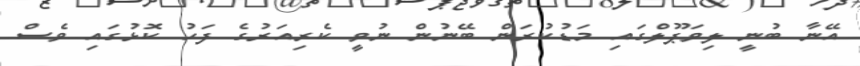
އޭނާ ބުނީ ލިވަޕޫލްގައި މަޑުކުރަން ބޭނުން ނުވީ ކެރިއަރުގެ ފަހު ކޮޅުގައި ވެސް